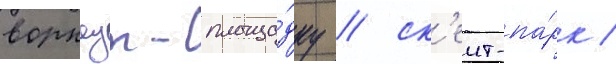
воркаут-площа́дку / ск'еит-па́рк /